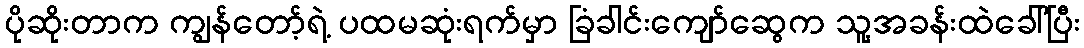
ပိုဆိုးတာက ကျွန်တော့်ရဲ့ ပထမဆုံးရက်မှာ ခြံခါင်းကျော်ဆွေက သူ့အခန်းထဲခေါ်ပြီး